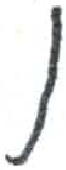
אות: ן